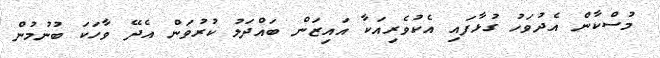
މުސްކާން އެދުވަހު ގުޅާފައި އެކުވެރިއަކާ އައިޒަން ބައްދަލު ކުރުވަން އެދޭ ވާހަކަ ބުނުމުން